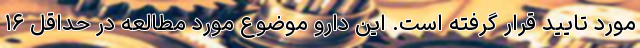
مورد تایید قرار گرفته است. این دارو موضوع مورد مطالعه در حداقل ۱۶